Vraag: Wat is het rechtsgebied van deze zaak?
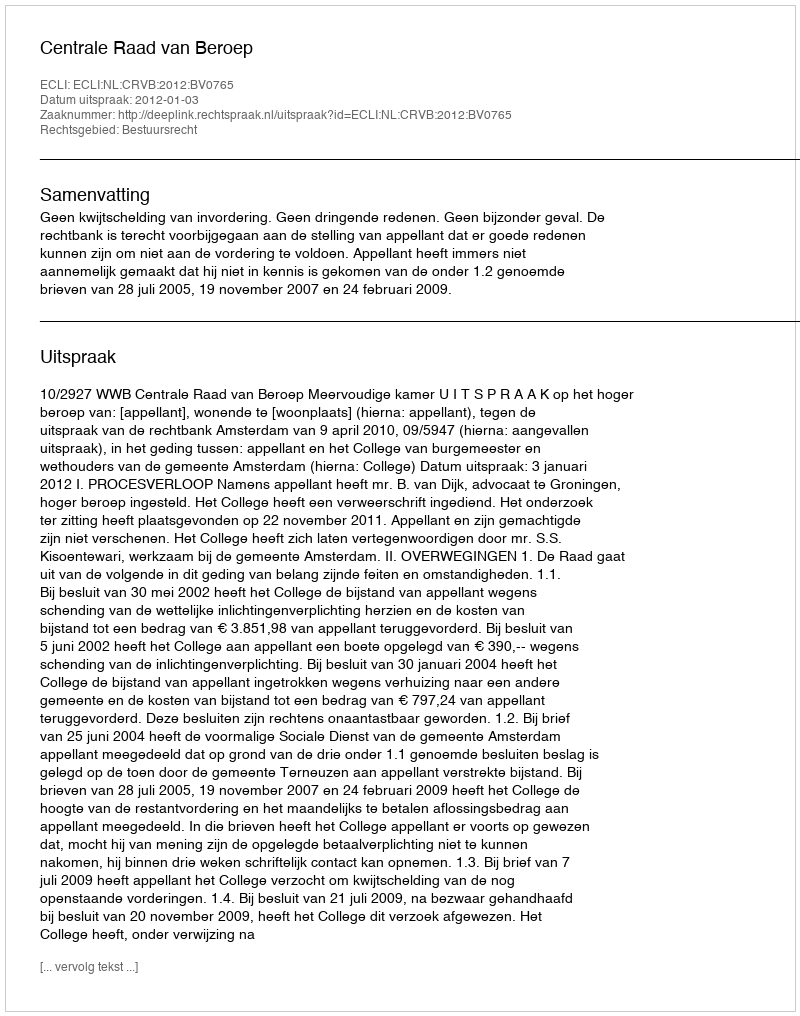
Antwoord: Bestuursrecht